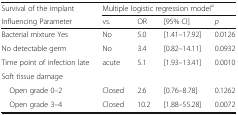
| Survival of the implant | <COLSPAN=4> Multiple logistic regression modela |
 | Influencing Parameter | vs. | OR | [95% CI] | p |
 | --- | --- | --- | --- | --- |
 | Bacterial mixture Yes | No | 5.0 | [1.41–17.92] | 0.0126 |
 | No detectable germ | No | 3.4 | [0.82–14.11] | 0.0932 |
 | Time point of infection late | acute | 5.1 | [1.93–13.41] | 0.0010 |
 | <COLSPAN=5> Soft tissue damage |
 | Open grade 0–2 | Closed | 2.6 | [0.76–8.78] | 0.1262 |
 | Open grade 3–4 | Closed | 10.2 | [1.88–55.28] | 0.0072 |